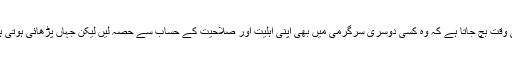
وہاں طلبا و طالبات کے لیے کافی وقت بچ جاتا ہے کہ وہ کسی دوسری سرگرمی میں بھی اپنی اہلیت اور صلاحیت کے حساب سے حصہ لیں لیکن جہاں پڑھائی ہوتی ہے وہاں کا حال سب سے برا ہے۔